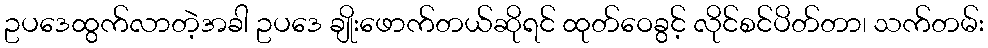
ဥပဒေထွက်လာတဲ့အခါ ဥပဒေ ချိုးဖောက်တယ်ဆိုရင် ထုတ်ဝေခွင့် လိုင်စင်ပိတ်တာ၊ သက်တမ်း